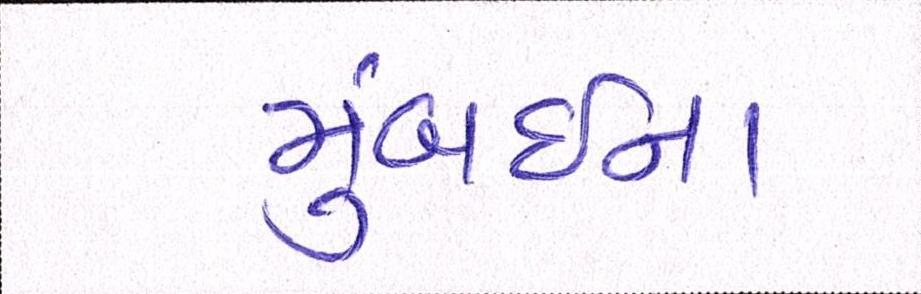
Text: મુંબઇના